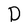
Character: D